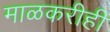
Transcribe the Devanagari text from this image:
माळकरीही